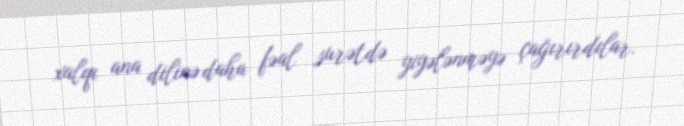
xalqı ana dilinə daha fəal surətdə yiyələnməyə çağırırdılar.